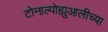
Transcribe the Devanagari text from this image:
टोनाल्पोह्युआलीच्या